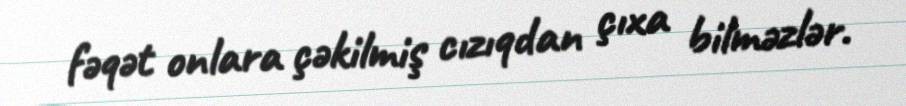
fəqət onlara çəkilmiş cızıqdan çıxa bilməzlər.